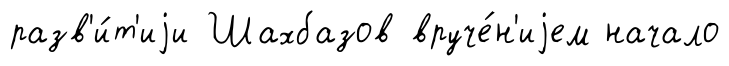
разв'и́т'иjи Шахбазов вруче́н'иjем начало